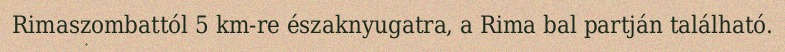
Rimaszombattól 5 km-re északnyugatra, a Rima bal partján található.